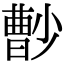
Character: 𡮦